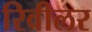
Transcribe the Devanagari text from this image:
रिवीलर